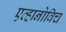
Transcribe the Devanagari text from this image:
एव्हानोविच